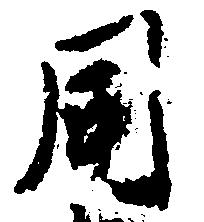
同